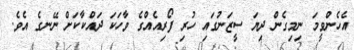
އެހެންވީމަ ނިމިގެން ދިޔަ ސީޒަނުގައި ހުރި ފޯރިއެއްގެ ވާހަކަ ދައްކާކަށް ނޭނގެ އެވެ.